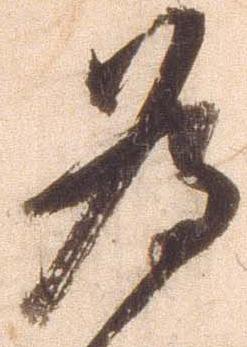
為